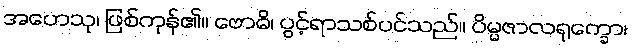
အဟေသု၊ ဖြစ်ကုန်၏။ ဗောဓိ၊ ပွင့်ရာသစ်ပင်သည်။ ပိမ္မဇာလရုက္ခော၊